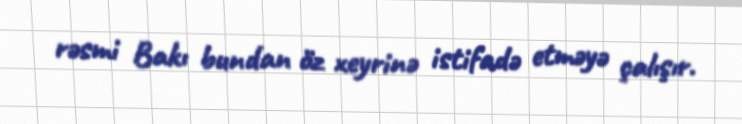
rəsmi Bakı bundan öz xeyrinə istifadə etməyə çalışır.